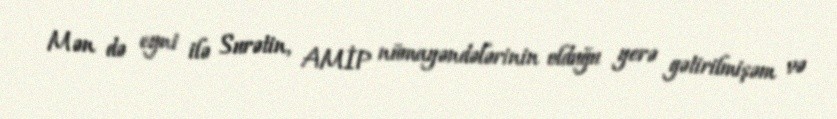
Mən də eyni ilə Surətin, AMİP nümayəndələrinin olduğu yerə gətirilmişəm və